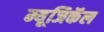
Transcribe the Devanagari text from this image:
म्यूजिकॅल